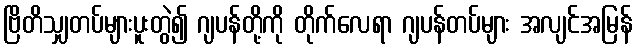
ဗြိတိသျှတပ်များပူးတွဲ၍ ဂျပန်တို့ကို တိုက်လေရာ ဂျပန်တပ်များ အလျင်အမြန်